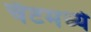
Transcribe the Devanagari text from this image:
चॅटमध्ये